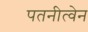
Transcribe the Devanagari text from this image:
पतनीत्वेन